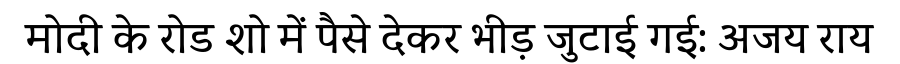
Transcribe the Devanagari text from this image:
मोदी के रोड शो में पैसे देकर भीड़ जुटाई गई: अजय राय